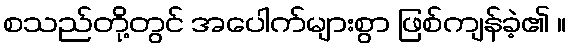
စသည်တို့တွင် အပေါက်များစွာ ဖြစ်ကျန်ခဲ့၏ ။